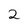
Character: 2